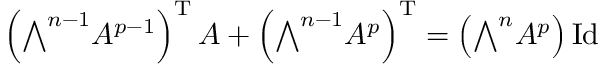
\left( { \textstyle \bigwedge } ^ { n - 1 } A ^ { p - 1 } \right) ^ { \mathrm { T } } A + \left( { \textstyle \bigwedge } ^ { n - 1 } A ^ { p } \right) ^ { \mathrm { T } } = \left( { \textstyle \bigwedge } ^ { n } A ^ { p } \right) \operatorname { I d }